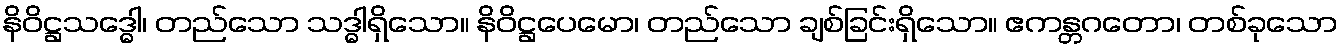
နိဝိဋ္ဌသဒ္ဓေါ၊ တည်သော သဒ္ဓါရှိသော။ နိဝိဋ္ဌပေမော၊ တည်သော ချစ်ခြင်းရှိသော။ ဧကန္တဂတော၊ တစ်ခုသော